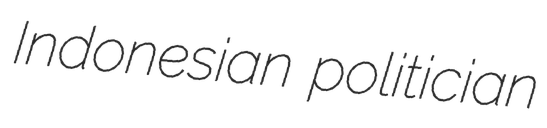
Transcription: Indonesian politician